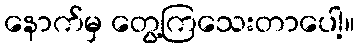
နောက်မှ တွေ့ကြသေးတာပေါ့။